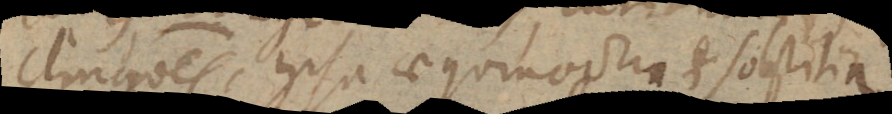
clinationes, ipsa aequinoctia et solstitia.